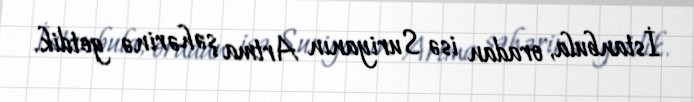
İstanbula, oradan isə Suriyanın Artma şəhərinə getdik.